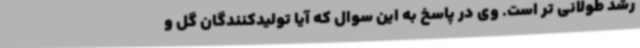
رشد طولانی تر است. وی در پاسخ به این سوال که آیا تولیدکنندگان گل و